Lock hospitals Punjab
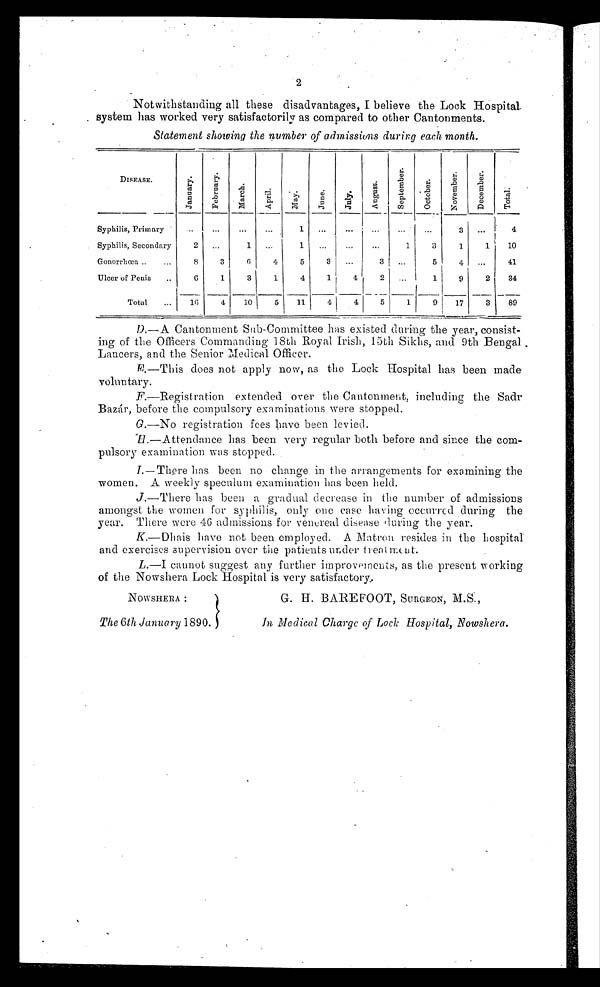
2
Not withstanding all these disadvantages, I believe the Lock Hospital.
system has worked very satisfactorily as compared to other Cantonments.
Statement showing the number of admissions during each month.
DISEASE.
J a n u a r y .
F e b r u a r y .
M a r c h .
A p r i l .
M a y .
J u n e .
J u l y .
A u g u s t .
S e p t e m b e r .
O c t o b e r .
N o v e m b e r . December.
T o t a l .
Syphilis, Primary
...
...
...
1
...
...
...
...
3 ...
4
Syphilis, Secondary
2
. . .
1
...
1
. . .
...
...
1
3
1
1
10
Gonorrhœa .. . . .
8
3
6
4
5
3
...
3
. . .
5
4 . . .
41
Ulcer of Penis
..
6
1
3
1
4
1
4
2 ...
1
9
2
34
Total
...
16
4
10
5
11
4
5
1
9
17
3
89
D.—A Cantonment Sub-Committee has existed during the year, consist-
ing of the Officers Commanding 18th Royal Irish, 15th Sikhs, and 9th Bengal
Lancers, and the Senior Medical Officer.
E
.—This does not apply now, as the Lock Hospital has been made,
voluntary.
F.—Registration extended over the Cantonment, including the Sadr
Bazár, before the compulsory examinations were stopped.
G .—No registration fees have been levied.
'H .—Attendance has been very regular both before and since the com-
pulsory examination was stopped.
I.—There has been no change in the arrangements for examining the
women. A weekly speculum examination has been held.
J .—There has been a gradual decrease in the number of admissions
amongst the women for syphilis, only one ease having occurred during the
year. There were 46 admissions for venereal disease during the year.
K.—Dhais have not been employed. A Matron resides in the hospital
and exercises supervision over the patients under treatment.
L .—I cannot suggest any further improvments, as the present working
of the Nowshera Lock Hospital is very satisfactory.
NOWSHERA :
G. H. BAREFOOT, SURGEON, M.S.,
The 6 th January 1890.
In Medical Charge of Lock Hospital, Nowshera.